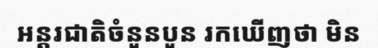
អន្តរជាតិចំនួនបួន រកឃើញថា មិន